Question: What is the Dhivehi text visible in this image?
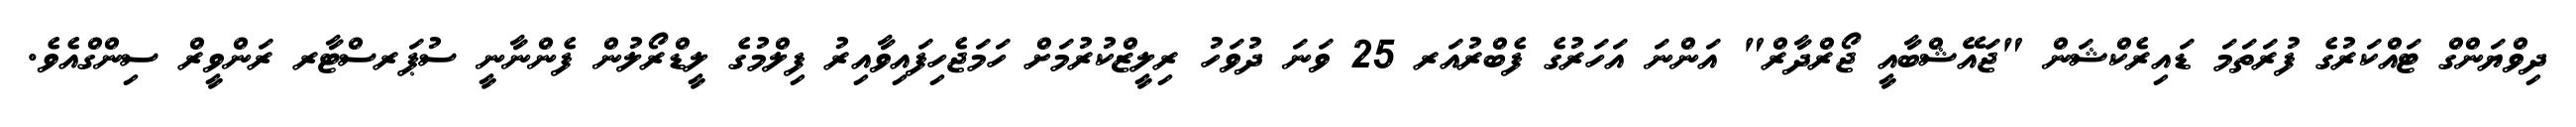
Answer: ދިވްޔަންގް ޓައްކަރުގެ ފުރަތަމަ ޑައިރެކްޝަން "ޖައޭޝްބާއީ ޖޯރްދާރް" އަންނަ އަހަރުގެ ފެބްރުއަރ 25 ވަނަ ދުވަހު ރިލީޒްކުރުމަށް ހަމަޖެހިފައިވާއިރު ފިލްމުގެ ލީޑްރޯލުން ފެންނާނީ ސުޕަރސްޓާރ ރަންވީރް ސިންގްއެވެ.